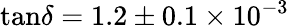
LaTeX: \tan\! \delta=1.2\pm 0.1\times 10^{-3}